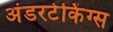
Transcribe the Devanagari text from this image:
अंडरटेकिंग्स